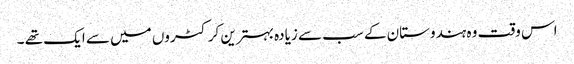
اس وقت وہ ہندوستان کے سب سے زیادہ بہترین کرکٹروں میں سے ایک تھے ۔